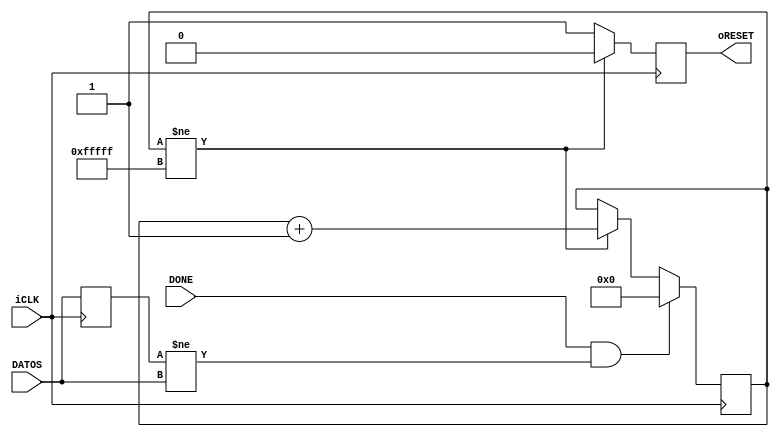
module    Reset_Delay(iCLK,oRESET, DONE, DATOS);
input        iCLK;
input DONE;
output reg    oRESET;
input [719:0] DATOS;

reg [719:0] shift_DATA;
reg [19:0]Cont = 0;

always@(posedge iCLK)
begin
    if(Cont!=20'hFFFFF)   //21ms
    begin
        Cont    =    Cont+1;
        oRESET    =    1'b0;
    end
    else begin
	 oRESET    =    1'b1;
	 end
	 if(DONE==1 && shift_DATA!=DATOS) Cont = 0;
	 shift_DATA = DATOS;
end

endmodule